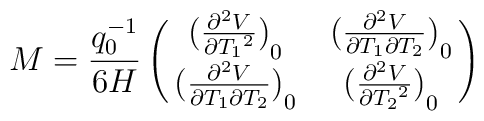
M=\frac{q_0^{-1}}{6H}\pmatrix{{(\frac{{\partial^2} V}{\partial {T_1}^2})}_{0} & {(\frac{{\partial^2} V}{\partial {T_1}\partial {T_2}})}_{0} \cr {(\frac{{\partial^2} V}{\partial {T_1}\partial {T_2}})}_{0} & {(\frac{{\partial^2} V}{\partial {T_2}^2})}_{0} \cr}